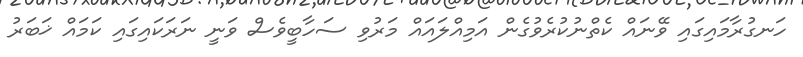
ހަނގުރާމައިގައި ވޭނައް ކެތްނުކުރެވުގެން އަމިއްލައައް މަރުވި ސަހާބީވެސް ވަނީ ނަރަކައިގައި ކަމައް ޚަބަރު